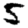
Digit: 5